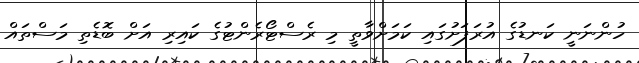
ހުންނަނީ ކަނޑުގެ އުރަފަށުގައި ކަމަށްވާތީ މި ރެސްޓޯރެންޓުގެ ކައިރި އަށް ބޮޑެތި މަސްތައް